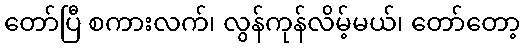
တော်ပြီ စကားလက်၊ လွန်ကုန်လိမ့်မယ်၊ တော်တော့